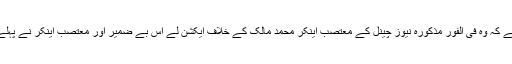
خفیہ ایجنسیز اور ذمہ داران سے گزارش ہے کہ وہ فی الفور مذکورہ نیوز چینل کے معتصب اینکر محمد مالک کے خلاف ایکشن لے اس بے ضمیر اور معتصب اینکر نے پہلے بھی ایسی فرقہ واریت کی باتیں کی تھیں۔